Reports on dispensaries and lunatic asylums in the Province of Oudh - 1869-1876
Year: 1869
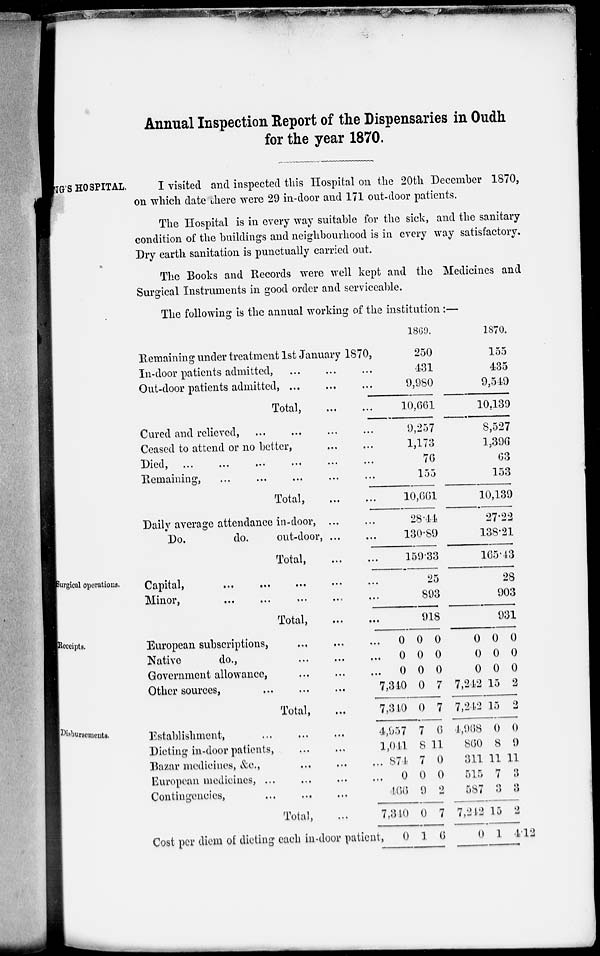
Annual Inspection Report of the Dispensaries in Oudh
for the year 1870.
KING'S HOSPITAL. I visited and inspected this Hospital on the 20th December 1870,
on which date there were 29 in-door and 171 out-door patients.
The Hospital is in every way suitable for the sick, and the sanitary
condition of the buildings and neighbourhood is in every way satisfactory.
Dry earth sanitation is punctually carried out.
The Books and Records were well kept and the Medicines and
Surgical Instruments in good order and serviceable.
The following is the annual working of the institution :—
Remaining under treatment 1st January 1870,
In-door patients admitted, ... ... ...
Out-door patients admitted, ... ... ...
Total, ... ...
Cured and relieved, ... ... ... ...
Ceased to attend or no better, ... ...
Died, ... ... ... ... ... ...
Remaining, ... ... ... ... ...
Total, ... ...
Daily average attendance in-door, ... ...
Do.
do.
out-door, ... ...
Total
...
...
1869.
250
431
9,980
10,661
9,257
1,173
76
155
10,661
28.44
130.89
159.33
1870.
l55
435
9,549
10,139
8,527
1,396
63
153
10,139
27.22
138.21
165.43
Surgical operations.
Capital, ... ... ... ...
Minor, ... ... ... ...
Total, ... ...
25
893
918
28
903
931
Receipts.
European subscriptions, ... ... ...
Native
do.,
...
...
...
Government allowance, ... ... ...
Other sources,
...
...
...
Total, ...
0
0
0
7,340
7,340
0
0
0
0
0
0
0
0
7
7
0
0
0
7,242
7,242
0
0
0
15
15
0
0
0
2
2
Disbursements.
Establishment, ... ... ...
Dieting in-door patients, ... ...
Bazar medicines, &c., ... ... ...
European medicines, ... ... ... ...
Contingencies,
...
...
...
Total, ...
Cost per diem of dieting each in-door patient,
4,957
1,041
874
0
466
7,340
0
7
8
7
0
9
0
1
6
11
0
0
2
7
6
4,968
860
311
515
587
7,212
0
0
8
11
7
3
15
1
0
9
11
3
3
2
4.12